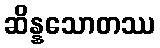
ဆိန္နသောတဿ